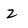
Character: Z